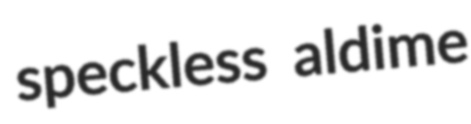
speckless aldime